画像に写った文字を読んでください
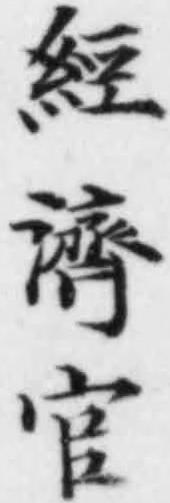
「經濟官」と書いてあります